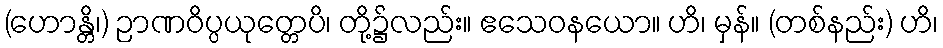
(ဟောန္တိ၊) ဉာဏဝိပ္ပယုတ္တေပိ၊ တို့၌လည်း။ ဧသေဝနယော။ ဟိ၊ မှန်။ (တစ်နည်း) ဟိ၊